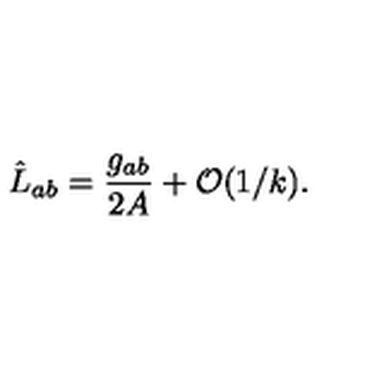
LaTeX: \hat { L } _ { a b } = { \frac { g _ { a b } } { 2 A } } + { \cal O } ( 1 / k ) .